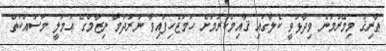
ޠާރިޤް މިމޭރުމުން ވިދާޅުވީ ކެލާގައި ޤާއިމްކުރުމަށް ހަމަޖެހިފައިވާ ނަރުދަމާ ނިޒާމްގެ ޢަމަލީ މަސައްކަތް